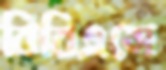
বিবিএসে